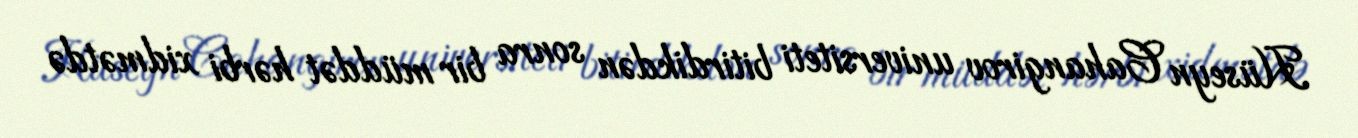
Hüseyn Cahangirov universiteti bitirdikdən sonra bir müddət hərbi xidmətdə